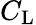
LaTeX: C_{\mathrm{{L}}}